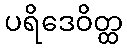
ပရိဒေဝိတ္ထ